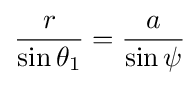
{r \over \sin \theta _{1}}={a \over \sin \psi }\!